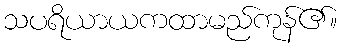
သပရိယာယကထာမည်ကုန်၏။